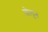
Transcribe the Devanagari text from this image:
तोलुन